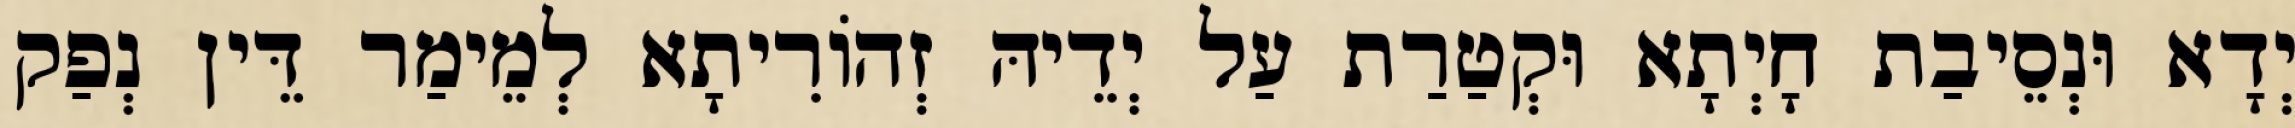
יְדָא וּנְסֵיבַת חָיְתָא וּקְטַרַת עַל יְדֵיהּ זְהוֹרִיתָא לְמֵימַר דֵּין נְפַק